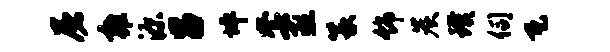
屠雍源吕坪套亟篆饰炭璞伺瓦